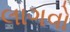
લાગવો